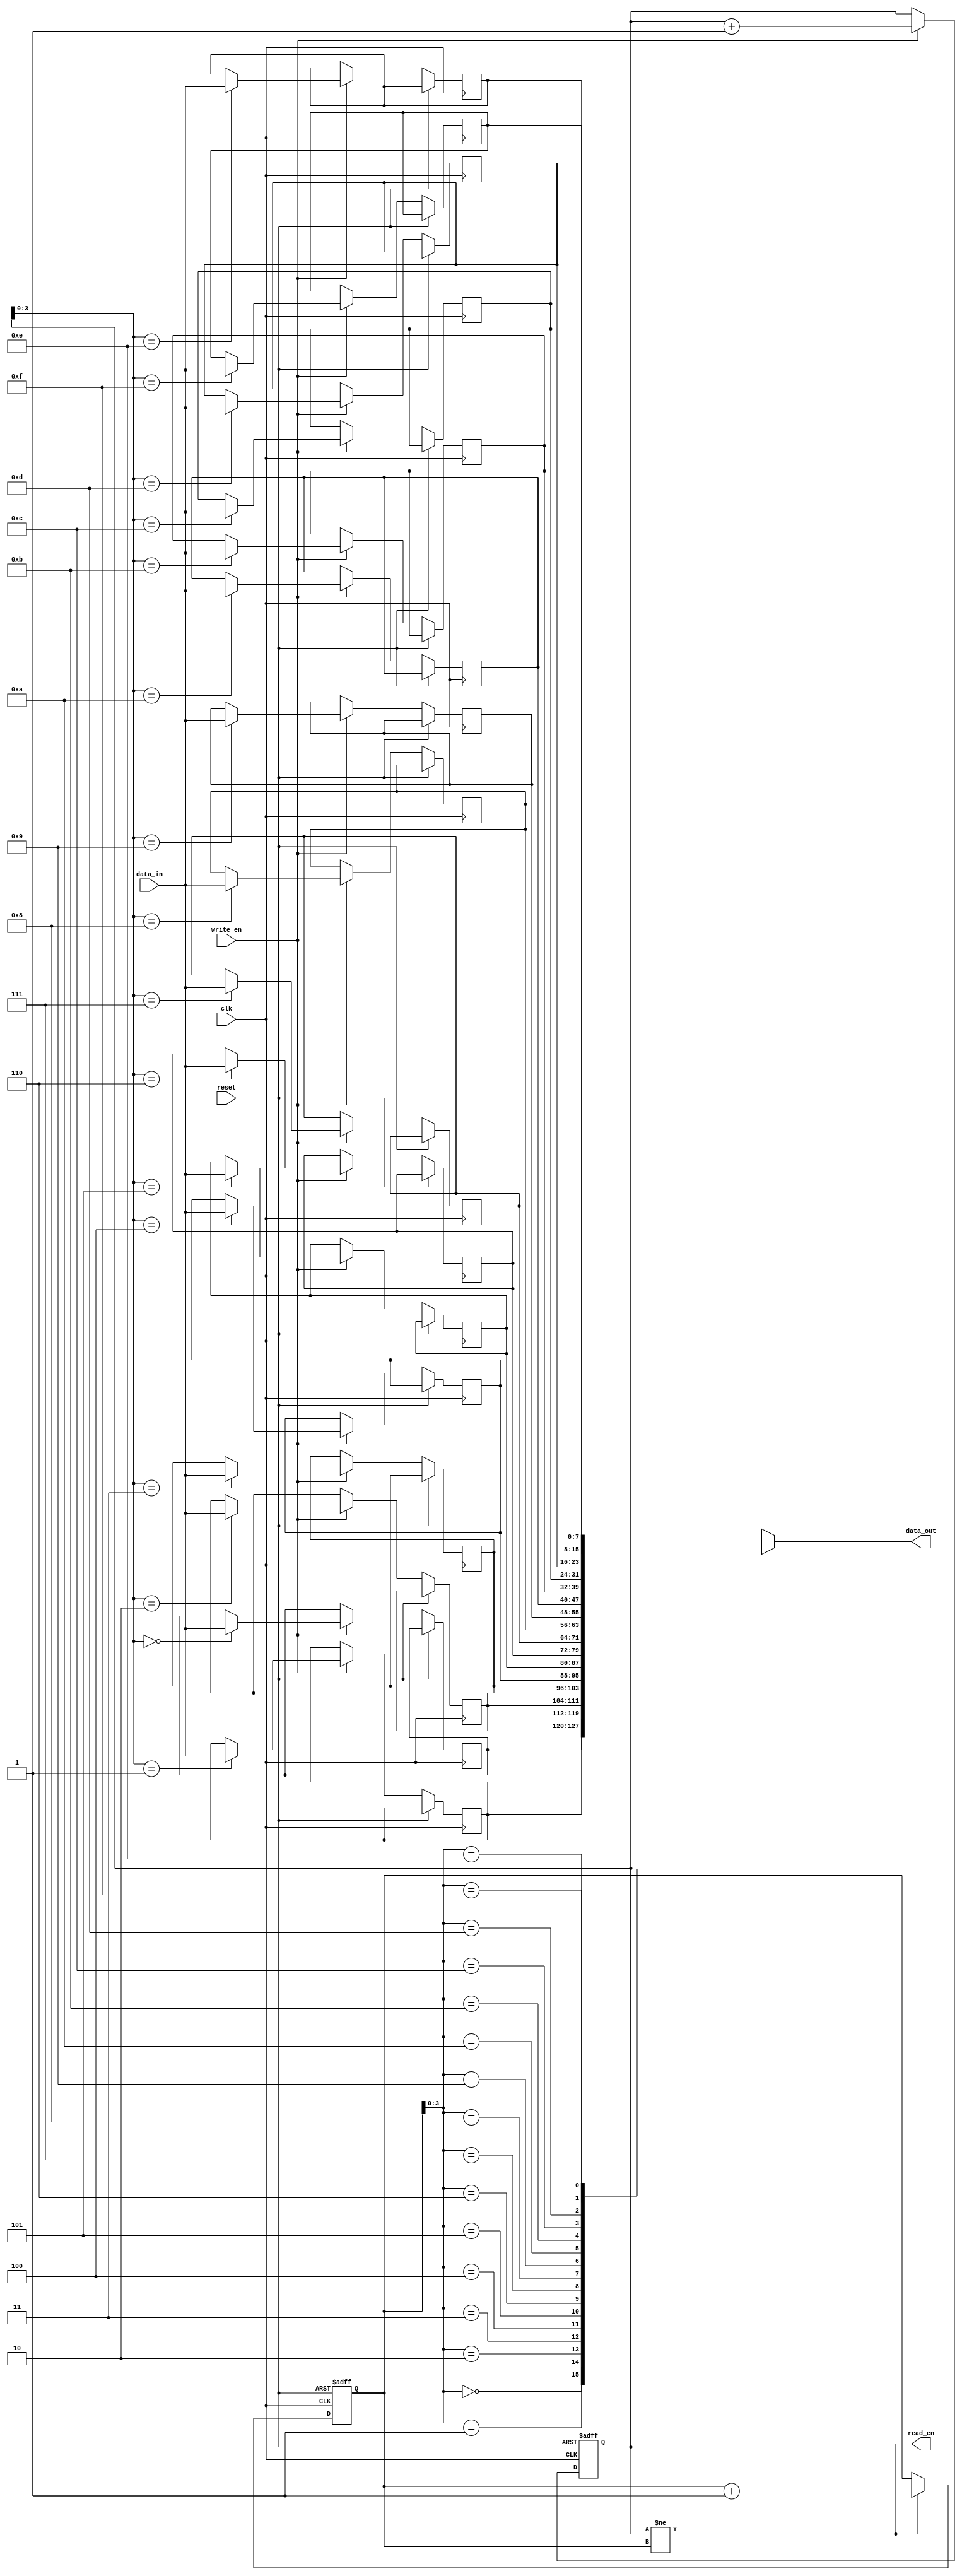
module Last_Word_Fall_Through_FIFO (
  input wire clk,
  input wire reset,
  input wire write_en,
  input wire [DATA_WIDTH-1:0] data_in,
  output wire read_en,
  output wire [DATA_WIDTH-1:0] data_out
);

parameter DEPTH = 16;
parameter DATA_WIDTH = 8;

reg [DATA_WIDTH-1:0] fifo [0:DEPTH-1];
reg [DATA_WIDTH-1:0] last_word;

reg [4:0] write_ptr;
reg [4:0] read_ptr;

assign read_en = (write_ptr != read_ptr);
assign data_out = fifo[read_ptr];

always @(posedge clk or posedge reset) begin
  if (reset) begin
    write_ptr <= 5'b0;
    read_ptr <= 5'b0;
    last_word <= 8'h00;
  end else begin
    if (write_en) begin
      fifo[write_ptr] <= data_in;
      last_word <= data_in;
      write_ptr <= write_ptr + 1;
    end
    if (read_en) begin
      read_ptr <= read_ptr + 1;
    end
  end
end

endmodule